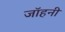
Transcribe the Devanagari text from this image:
जॉहनी